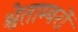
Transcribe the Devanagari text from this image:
श्वेताम्बरों